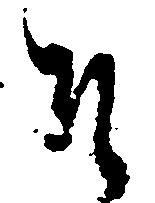
そ